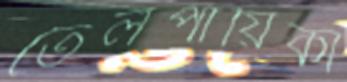
তৈলপায়িকা